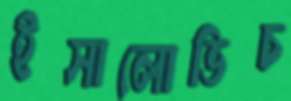
ইসালোভিচ